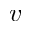
v